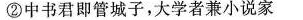
②中书君即管城子，大学者兼小说家